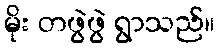
မိုး တဖွဲဖွဲ ရွာသည်။